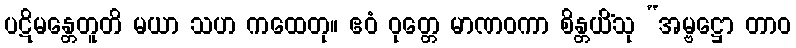
ပဋိမန္တေတူတိ မယာ သဟ ကထေတု။ ဧဝံ ဝုတ္တေ မာဏဝကာ စိန္တယိံသု “အမ္ဗဋ္ဌော တာဝ